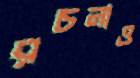
রচনাও